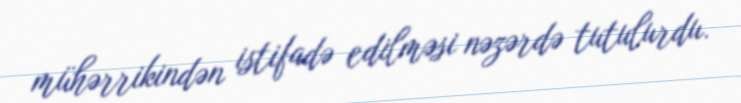
mühərrikindən istifadə edilməsi nəzərdə tutulurdu.